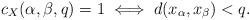
LaTeX: \begin{align*} c_X(\alpha, \beta, q) = 1 \iff d(x_\alpha,x_\beta) < q.\end{align*}